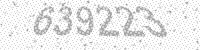
Solution: 639223